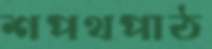
শপথপাঠ